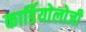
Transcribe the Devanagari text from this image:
कार्डियाेलोजी